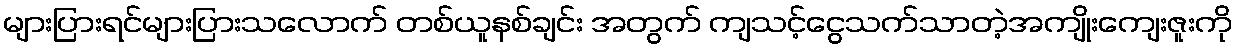
များပြားရင်များပြားသလောက် တစ်ယူနစ်ချင်း အတွက် ကျသင့်ငွေသက်သာတဲ့အကျိုးကျေးဇူးကို